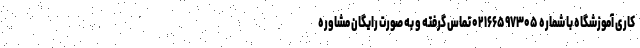
کاری آموزشگاه با شماره ۰۲۱۶۶۵۹۷۳۰۵ تماس گرفته و به صورت رایگان مشاوره